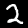
Label: 2